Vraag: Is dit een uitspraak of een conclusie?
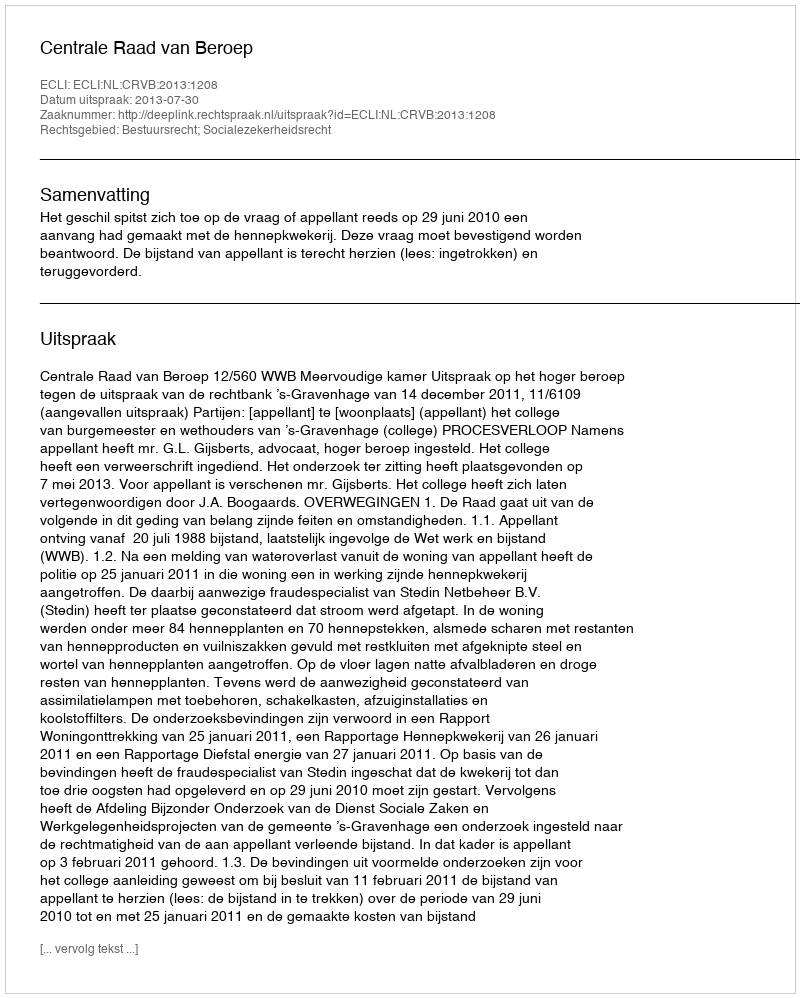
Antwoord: Uitspraak